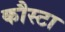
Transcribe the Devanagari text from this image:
कौस्टा